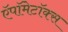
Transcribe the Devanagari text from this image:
ऍपॉमेटॉक्स